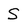
Character: S